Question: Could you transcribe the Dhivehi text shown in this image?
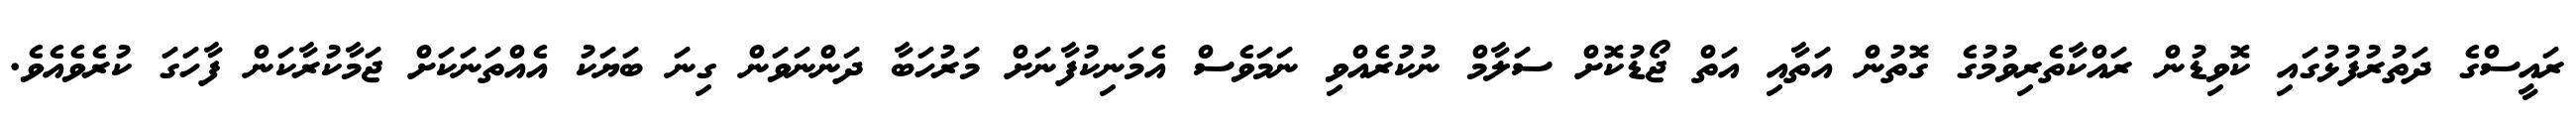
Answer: ރައީސްގެ ދަތުރުފުޅުގައި ކޮވިޑުން ރައްކާތެރިވުމުގެ ގޮތުން އަތާއި އަތް ޖޯޑުކޮށް ސަލާމް ނުކުރެއްވި ނަމަވެސް އެމަނިކުފާނަށް މަރުހަބާ ދަންނަވަން ގިނަ ބަޔަކު އެއްތަނަކަށް ޖަމާކުރާކަން ފާހަގަ ކުރެވެއެވެ.